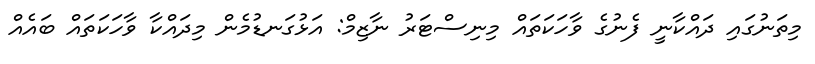
މިތަނުގައި ދައްކާނީ ފެނުގެ ވާހަކަތައް މިނިސްޓަރު ނާޒިމް: އަޅުގަނޑުމެން މިދައްކާ ވާހަކަތައް ބައެއް